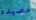
مصيدة